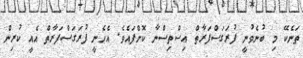
ތަނެކޭ މި ބުނެވުނީ ފުރަގަސްފަރާތް އިސްތިސްނާ ކޮށްފައެވެ. އެހެނީ ފުރަގަސްފަރާތް އެއީ ކުރިން